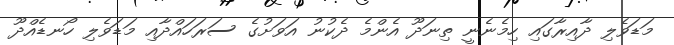
މަޑަވެލި ދާއިރާގައި ހިމެނެނީ ތިނަދޫ އެންމެ ދެކުނު އަވަށުގެ ސަރަހައްދާއި މަޑަވެލި ހޯނޑެއްދޫ